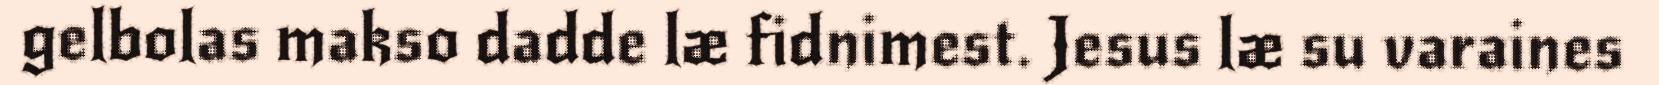
gelbolas makso dadde læ fidnimest. Jesus læ su varaines